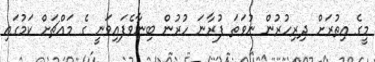
މީގެ އިތުރަށް ދިރިހުރުން ނުވަތަ ފުރާނަ ހުރުން ބިނާވެފައިވަނީ ގެ މައްޗަށް ކަމުގައި